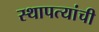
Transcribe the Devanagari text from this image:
स्थापत्यांची